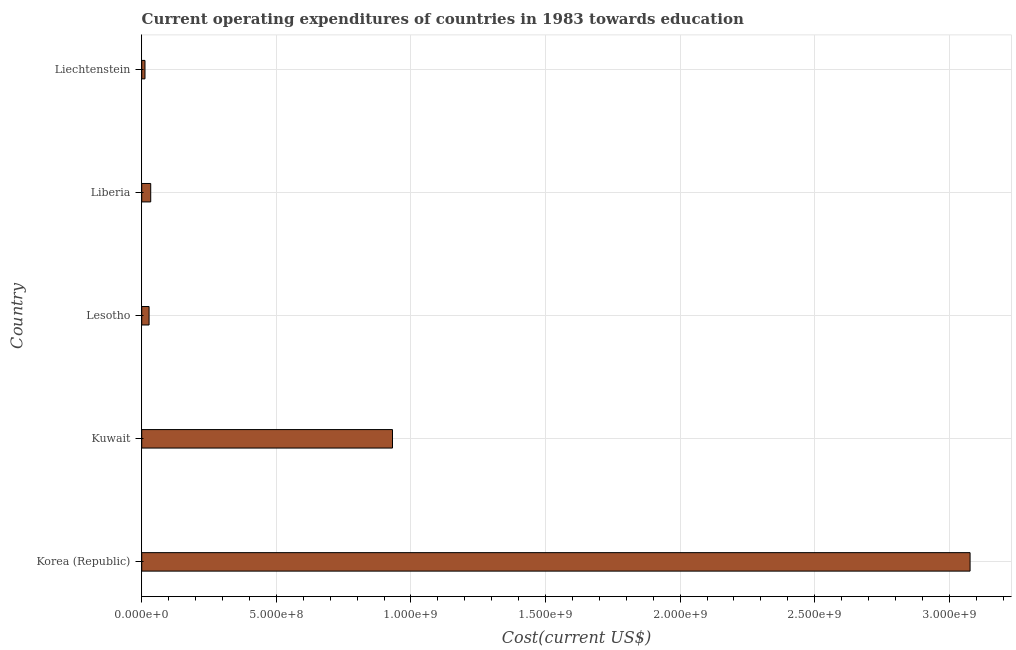
| Country | Education expenditure |
 | --- | --- |
 | Korea (Republic) | 3.08e+09 |
 | Kuwait | 9.32e+08 |
 | Lesotho | 2.73e+07 |
 | Liberia | 3.34e+07 |
 | Liechtenstein | 1.21e+07 |